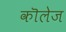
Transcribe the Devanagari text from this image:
कॊलेज